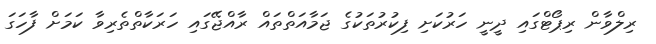
ރިލްވާން ރިޕޯޓްގައި ދީނީ ހަރުކަށި ފިކުރުތަކުގެ ޖަމާއަތްތައް ރާއްޖޭގައި ހަރަކާތްތެރިވާ ކަމަށް ފާހަގަ